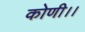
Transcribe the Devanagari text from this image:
कोणी।।